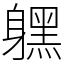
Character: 𨊂